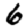
Digit: 6